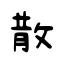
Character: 散